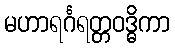
မဟာရင်္ဂရတ္တဝဒ္ဓိကာ